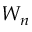
W _ { n }